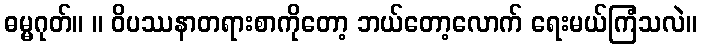
ဓမ္မဂုတ်။ ။ ဝိပဿနာတရားစာကိုတော့ ဘယ်တော့လောက် ရေးမယ်ကြံသလဲ။